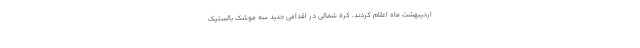
اردیبهشت ماه اعلام کردند، کره شمالی در اقدامی جدید سه موشک بالستیک